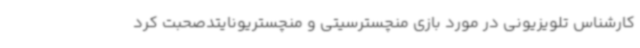
کارشناس تلویزیونی در مورد بازی منچسترسیتی و منچستریونایتدصحبت کرد